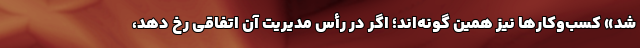
شد» کسب‌وکارها نیز همین گونه‌اند؛ اگر در رأس مدیریت آن اتفاقی رخ دهد،